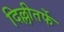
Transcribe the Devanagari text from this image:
दिल्लीतर्फे